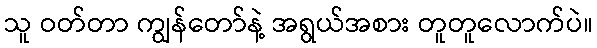
သူ ဝတ်တာ ကျွန်တော်နဲ့ အရွယ်အစား တူတူလောက်ပဲ။